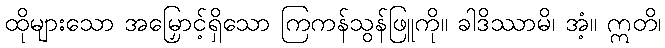
ထိုများသော အမြှောင့်ရှိသော ကြကန်သွန်ဖြူကို။ ခါဒိဿာမိ၊ အံ့။ ဣတိ၊